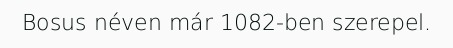
Bosus néven már 1082-ben szerepel.